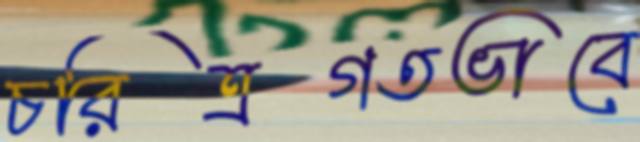
চরিত্রগতভাবে